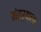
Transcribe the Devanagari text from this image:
मंत्र्याला